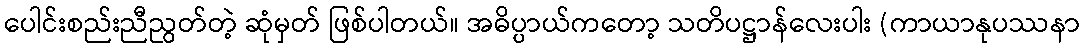
ပေါင်းစည်းညီညွတ်တဲ့ ဆုံမှတ် ဖြစ်ပါတယ်။ အဓိပ္ပာယ်ကတော့ သတိပဋ္ဌာန်လေးပါး (ကာယာနုပဿနာ